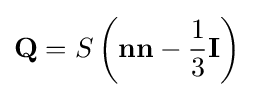
\mathbf {Q} =S\left(\mathbf {n} \mathbf {n} -{\frac {1}{3}}\mathbf {I} \right)